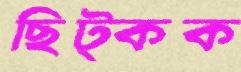
ছিট্‌কক